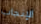
الإنجاب